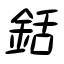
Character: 銛